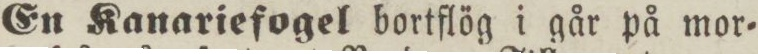
En Kanariefogel bortflög i går på mor=